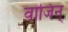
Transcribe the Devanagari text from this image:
वाजिन्